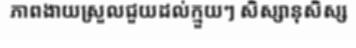
ភាពងាយស្រួលជួយដល់ក្មួយៗ សិស្សានុសិស្ស